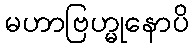
မဟာဗြဟ္မုနောပိ